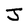
Character: J